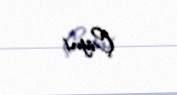
Çiyni